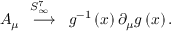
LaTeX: A _ { \mu } \stackrel { \; \; S _ { \infty } ^ { 7 } \quad } { \longrightarrow } g ^ { - 1 } \left( x \right) \partial _ { \mu } g \left( x \right) .